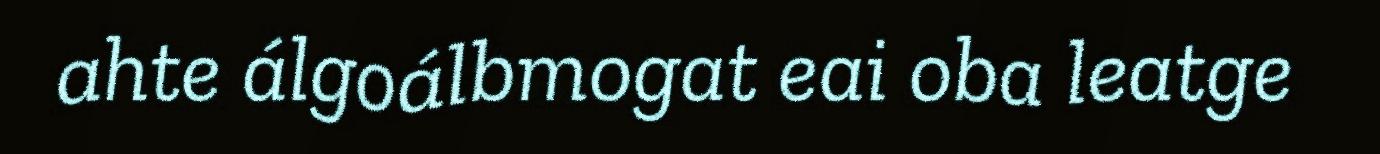
ahte álgoálbmogat eai oba leatge